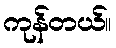
ကုန်တယ်။